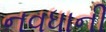
નવધાની